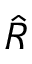
\hat { R }